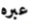
عبره